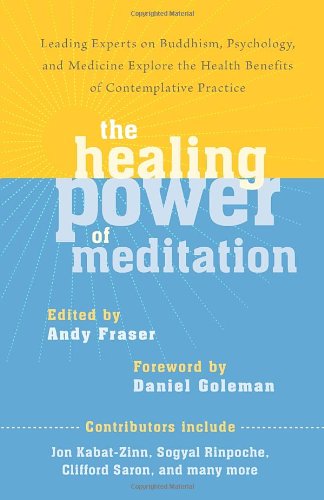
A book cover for The Healing Power of Meditation: Leading Experts on Buddhism, Psychology, and Medicine Explore the Health Benefits of Contemplative Practice; Andy Fraser; Medical Books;